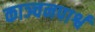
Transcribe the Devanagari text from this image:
काञ्चनपार्श्व